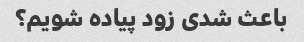
باعث شدی زود پیاده شویم؟